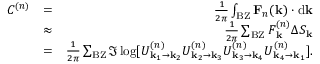
\begin{array} { r l r } { C ^ { ( n ) } } & { = } & { \frac { 1 } { 2 \pi } \int _ { \mathrm { B Z } } \mathbf { F } _ { n } ( \mathbf { k } ) \cdot \mathrm { d } \mathbf { k } } \\ & { \approx } & { \frac { 1 } { 2 \pi } \sum _ { \mathrm { B Z } } F _ { \mathbf { k } } ^ { ( n ) } \Delta S _ { \mathbf { k } } } \\ & { = } & { \frac { 1 } { 2 \pi } \sum _ { \mathrm { B Z } } \Im \log [ U _ { \mathbf { k } _ { 1 } \rightarrow \mathbf { k } _ { 2 } } ^ { ( n ) } U _ { \mathbf { k } _ { 2 } \rightarrow \mathbf { k } _ { 3 } } ^ { ( n ) } U _ { \mathbf { k } _ { 3 } \rightarrow \mathbf { k } _ { 4 } } ^ { ( n ) } U _ { \mathbf { k } _ { 4 } \rightarrow \mathbf { k } _ { 1 } } ^ { ( n ) } ] . } \end{array}